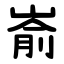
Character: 嵛